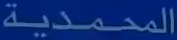
المحمدية